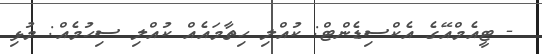
- ޓީއެމްއޭގެ އެކްސިޑެންޓް: ކުއްލި ހިތާމައެއް ކުއްލި ސިހުމެއް: މުޅި